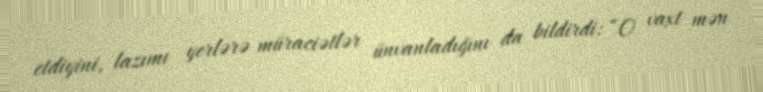
etdiyini, lazımı yerlərə müraciətlər ünvanladığını da bildirdi: “O vaxt mən